Document type: Sale
Year: 1290
Scribe: Miquel Rotllan
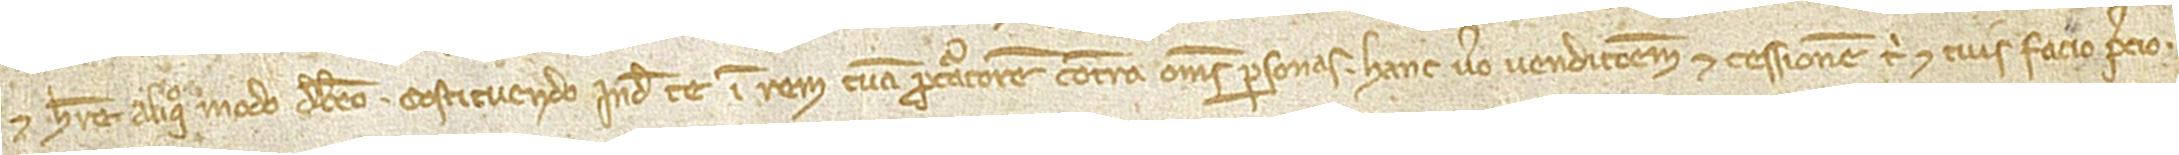
et habere aliquo modo debeo; constituendo inde te in rem tuam procuratorem contra omnes personas. Hanc vero vendicionem et cessionem tibi et tuis facio precio